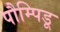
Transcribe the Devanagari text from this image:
पौम्पिडू